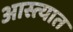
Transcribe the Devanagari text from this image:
आस्त्यात